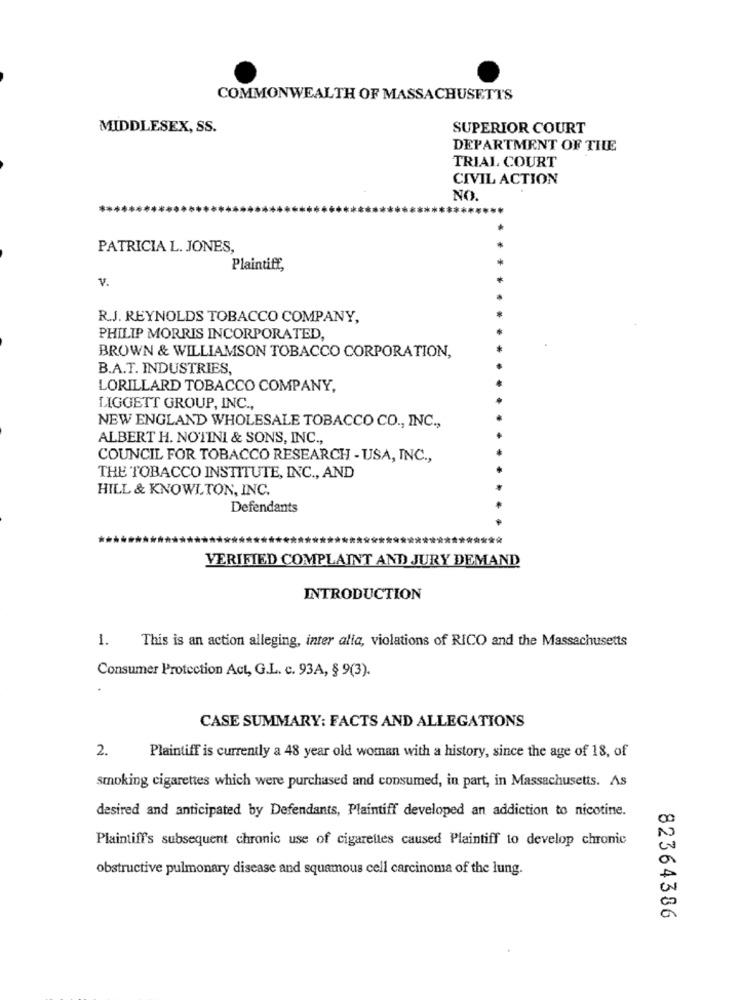
COMMONWEALTH OF MASSACHUSETTS
MIDDLESEX, SS.
SUPERIOR COURT
DEPARTMENT OF THE
TRIAL COURT
CIVIL ACTION
NO.
PATRICIA L. JONES,
Plaintiff,
V.
R.J. REYNOLDS TOBACCO COMPANY,
PHILIP MORRIS INCORPORATED,
BROWN & WILLIAMSON TOBACCO CORPORATION,
B.A.T. INDUSTRIES,
LORILLARD TOBACCO COMPANY,
LIGGETT GROUP, INC .,
NEW ENGLAND WHOLESALE TOBACCO CO ., INC .,
ALBERT H. NOTINI & SONS, INC .,
COUNCIL FOR TOBACCO RESEARCH - USA, INC .,
THE TOBACCO INSTITUTE, INC ., AND
HILL & KNOWLTON, INC.
Defendants
VERIFIED COMPLAINT AND JURY DEMAND
INTRODUCTION
1. This is an action alleging, inter alia, violations of RICO and the Massachusetts
Consumer Protection Act, G.L. c. 93A, § 9(3).
CASE SUMMARY: FACTS AND ALLEGATIONS
2.
Plaintiff is currently a 48 year old woman with a history, since the age of 18, of
smoking cigarettes which were purchased and consumed, in part, in Massachusetts. As
desired and anticipated by Defendants, Plaintiff developed an addiction to nicotine.
Plaintiff's subsequent chronic use of cigarettes caused Plaintiff to develop chronic
obstructive pulmonary disease and squamous cell carcinoma of the lung.
82364386